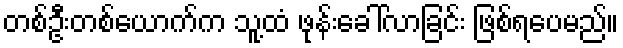
တစ်ဦးတစ်ယောက်က သူ့ထံ ဖုန်းခေါ်လာခြင်း ဖြစ်ရပေမည်။